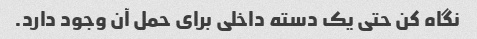
نگاه کن حتی یک دسته داخلی برای حمل آن وجود دارد.